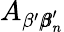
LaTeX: A_{\beta^{\prime}{\pmb\beta}_{n}^{\prime}}